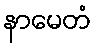
နာမေတံ